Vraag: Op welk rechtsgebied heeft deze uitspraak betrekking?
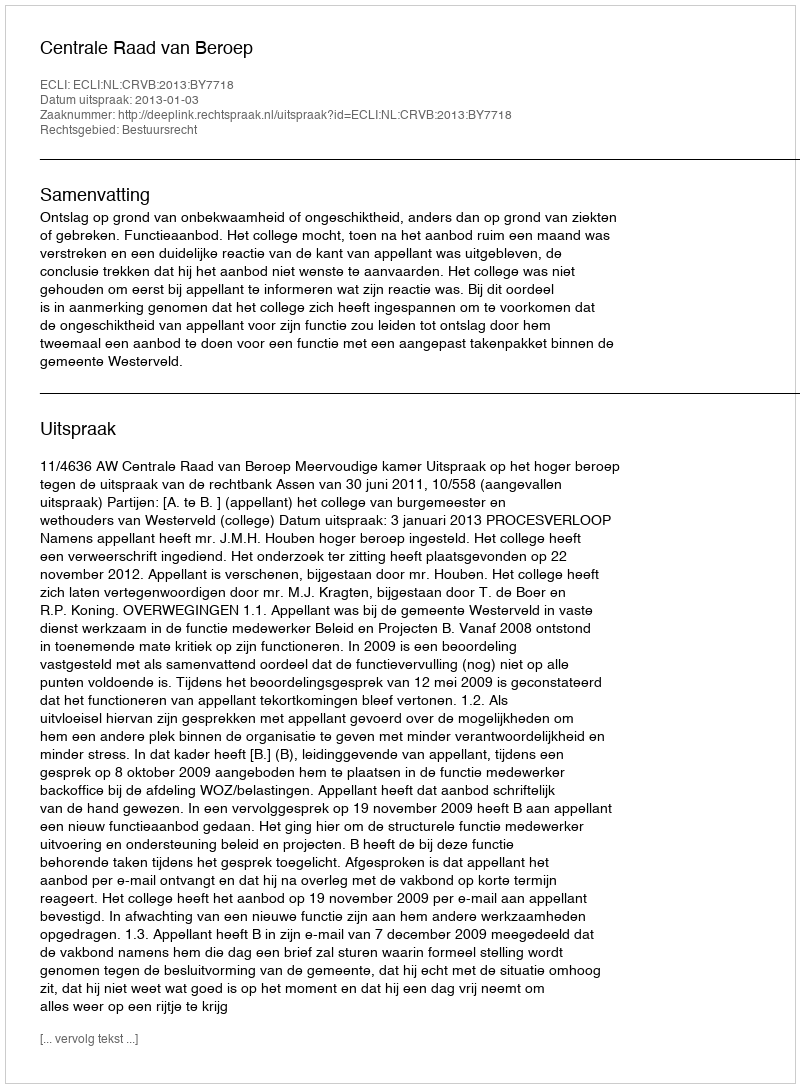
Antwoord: Bestuursrecht